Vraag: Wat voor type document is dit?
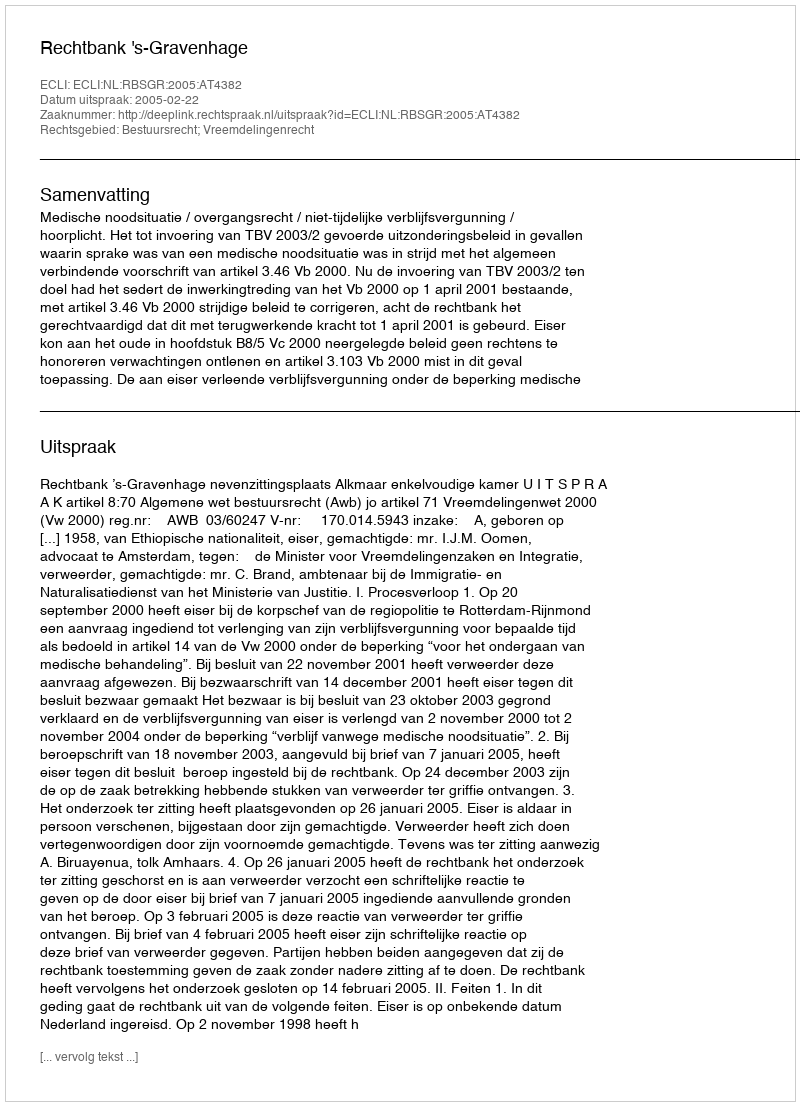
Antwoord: Uitspraak